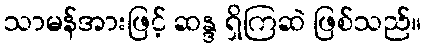
သာမန်အားဖြင့် ဆန္ဒ ရှိကြဆဲ ဖြစ်သည်။